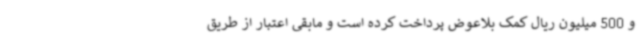
و 500 میلیون ریال کمک بلاعوض پرداخت کرده است و مابقی اعتبار از طریق